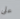
على